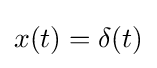
x(t)=\delta (t)